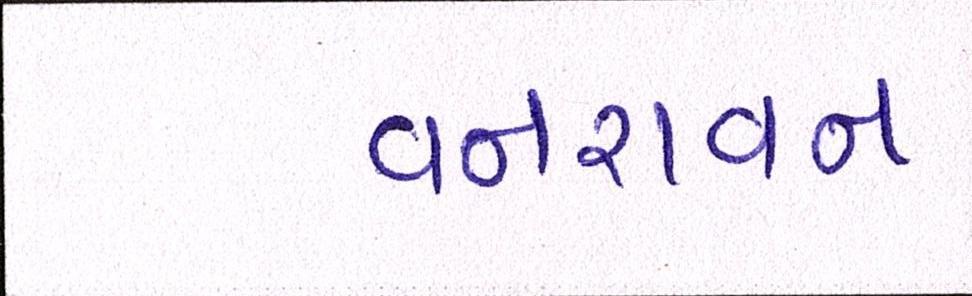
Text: વનરાવન